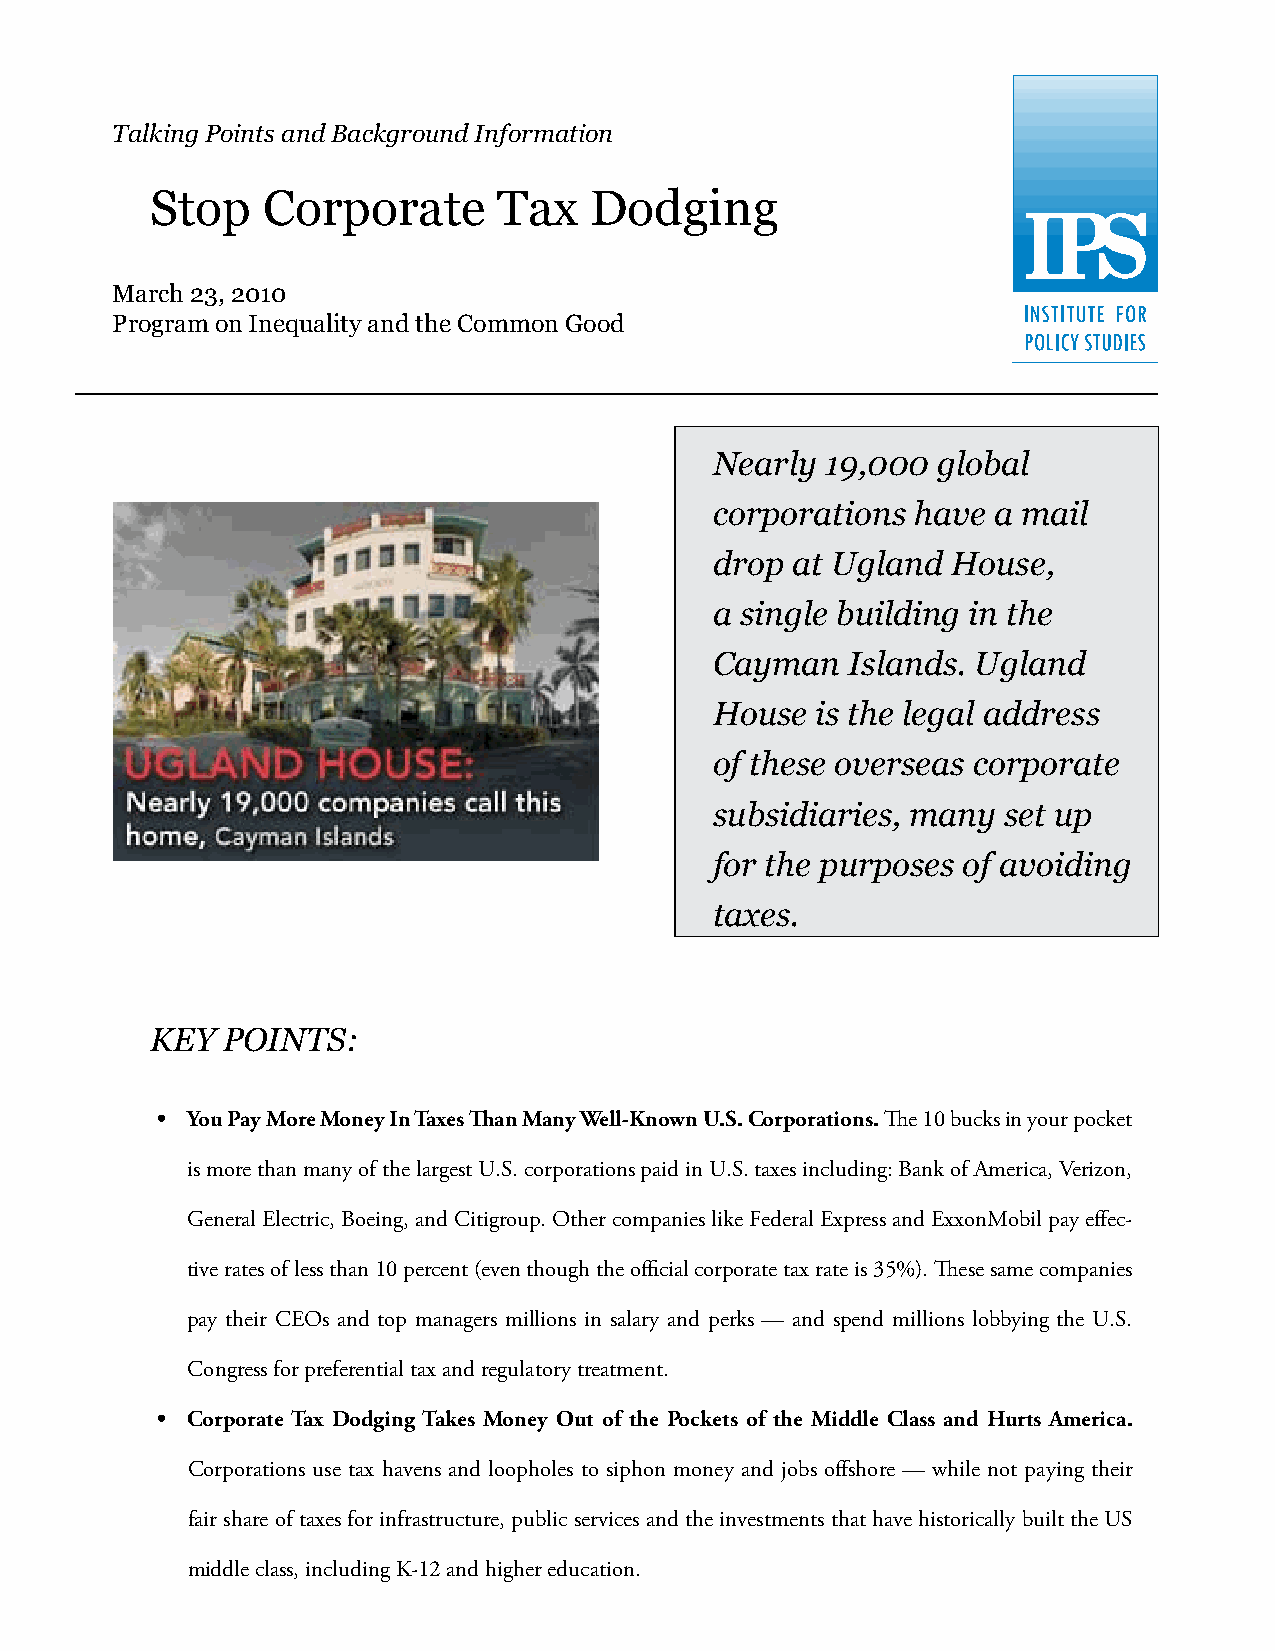
Talking Points and Background Information
 Stop   Corporate       Tax   Dodging
 March 23, 2010
 Program on Inequality and the Common Good
 Nearly  19,000 global
 corporations  have a mail
 drop at Ugland  House,
 a single building in the
 Cayman   Islands. Ugland
 House  is the legal address
 of these overseas corporate
 subsidiaries, many  set up
 for the purposes of avoiding
 taxes.
 KEY  POINTS:
 • You Pay More Money In Taxes Than Many Well-Known U.S. Corporations. The 10 bucks in your pocket
 is more than many of the largest U.S. corporations paid in U.S. taxes including: Bank of America, Verizon,
 General Electric, Boeing, and Citigroup. Other companies like Federal Express and ExxonMobil pay effec-
 tive rates of less than 10 percent (even though the official corporate tax rate is 35%). These same companies
 pay their CEOs and top managers millions in salary and perks — and spend millions lobbying the U.S.
 Congress for preferential tax and regulatory treatment.
 • Corporate Tax Dodging Takes Money Out of the Pockets of the Middle Class and Hurts America.
 Corporations use tax havens and loopholes to siphon money and jobs offshore — while not paying their
 fair share of taxes for infrastructure, public services and the investments that have historically built the US
 middle class, including K-12 and higher education.